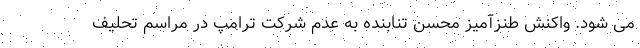
می شود. واکنش طنزآمیز محسن تنابنده به عدم شرکت ترامپ در مراسم تحلیف